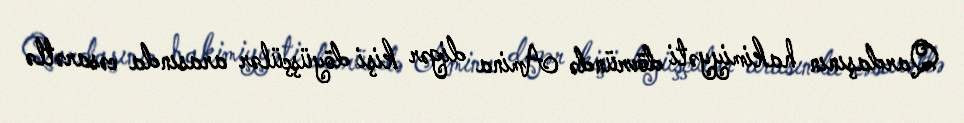
Qardaşının hakimiyyəti dövründə Amina digər kişi döyüşçülər arasında cəsarətlə